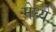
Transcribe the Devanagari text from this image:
मेध्ये